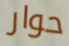
حوار